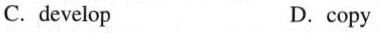
C.develop